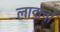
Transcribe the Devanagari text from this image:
लाडलों